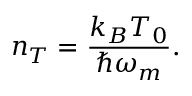
n _ { T } = \frac { k _ { B } T _ { 0 } } { \hbar \omega _ { m } } .